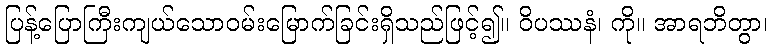
ပြန့်ပြောကြီးကျယ်သောဝမ်းမြောက်ခြင်းရှိသည်ဖြင့်၍။ ဝိပဿနံ၊ ကို။ အာရဘိတွာ၊